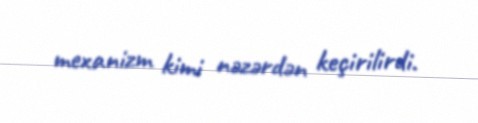
mexanizm kimi nəzərdən keçirilirdi.